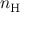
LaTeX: n _ { \mathrm { H } }